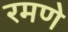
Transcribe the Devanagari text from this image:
रमणे